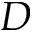
D